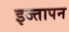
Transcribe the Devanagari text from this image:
इज्तापन